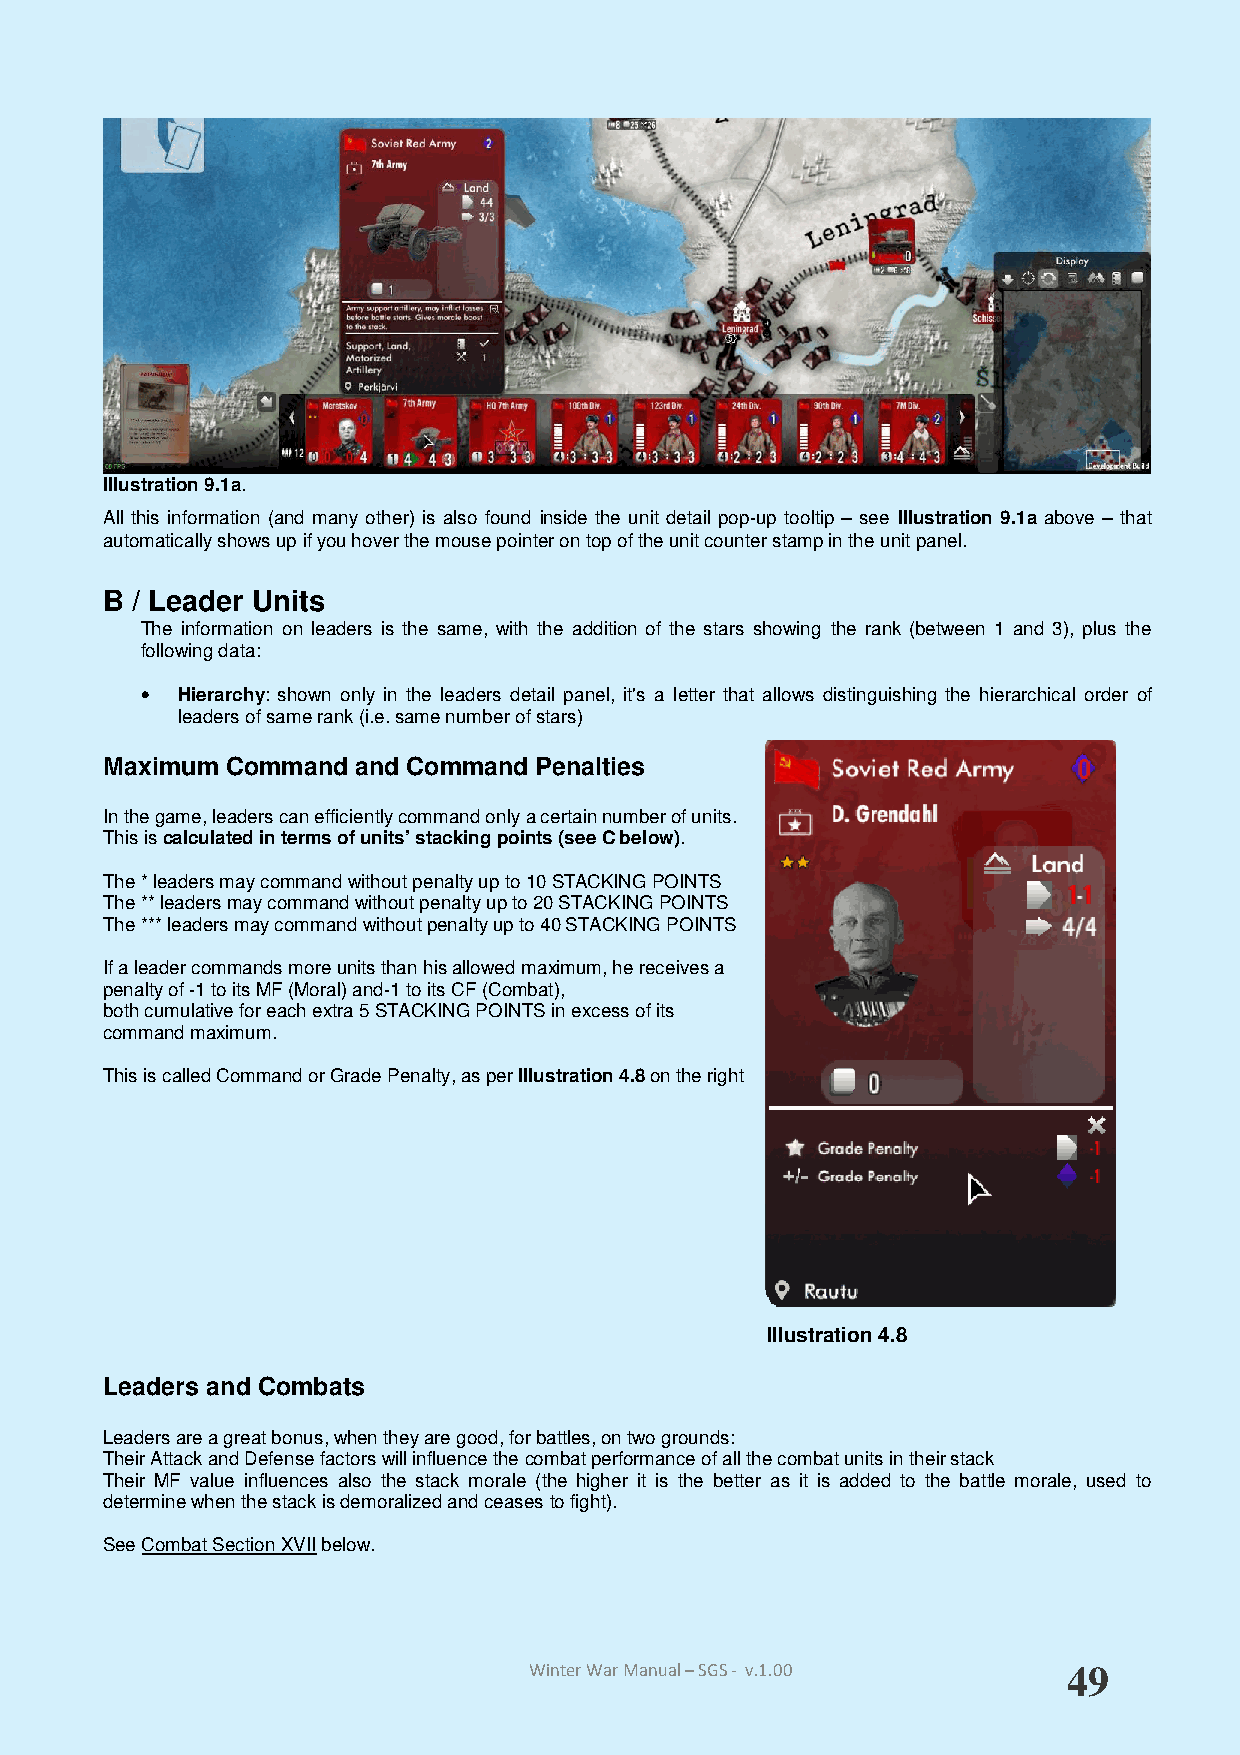
Illustration 9.1a.
 All this information (and many other) is also found inside the unit detail pop-up tooltip – see Illustration 9.1a above – that
 automatically shows up if you hover the mouse pointer on top of the unit counter stamp in the unit panel.
 B / Leader Units
 The information on leaders is the same, with the addition of the stars showing the rank (between 1 and 3), plus the
 following data:
 •  Hierarchy: shown only in the leaders detail panel, it's a letter that allows distinguishing the hierarchical order of
 leaders of same rank (i.e. same number of stars)
 Maximum Command and Command Penalties
 In the game, leaders can efficiently command only a certain number of units.
 This is calculated in terms of units’ stacking points (see C below).
 The * leaders may command without penalty up to 10 STACKING POINTS
 The ** leaders may command without penalty up to 20 STACKING POINTS
 The *** leaders may command without penalty up to 40 STACKING POINTS
 If a leader commands more units than his allowed maximum, he receives a
 penalty of -1 to its MF (Moral) and-1 to its CF (Combat),
 both cumulative for each extra 5 STACKING POINTS in excess of its
 command maximum.
 This is called Command or Grade Penalty, as per Illustration 4.8 on the right
 Illustration 4.8
 Leaders and Combats
 Leaders are a great bonus, when they are good, for battles, on two grounds:
 Their Attack and Defense factors will influence the combat performance of all the combat units in their stack
 Their MF value influences also the stack morale (the higher it is the better as it is added to the battle morale, used to
 determine when the stack is demoralized and ceases to fight).
 See Combat Section XVII below.
 Winter War Manual – SGS - v.1.00    49